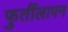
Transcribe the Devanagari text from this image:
फुर्तीलापन